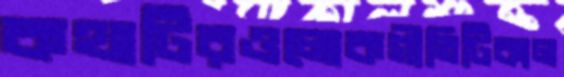
কথাটিরওলোকগীতিটিকাল